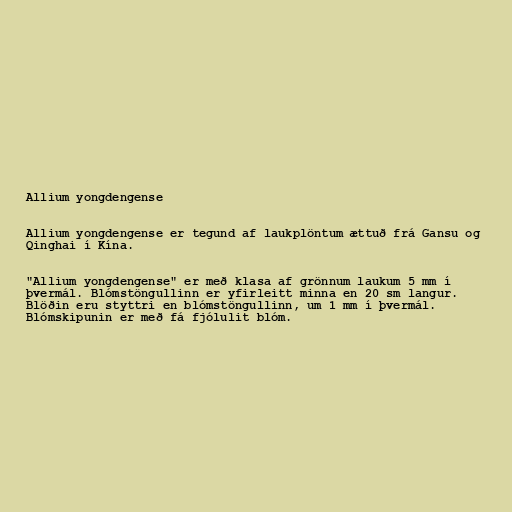
Allium yongdengense

Allium yongdengense er tegund af laukplöntum ættuð frá Gansu og
Qinghai í Kína.

"Allium yongdengense" er með klasa af grönnum laukum 5 mm í
þvermál. Blómstöngullinn er yfirleitt minna en 20 sm langur.
Blöðin eru styttri en blómstöngullinn, um 1 mm í þvermál.
Blómskipunin er með fá fjólulit blóm.